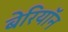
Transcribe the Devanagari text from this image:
बेरियॉन